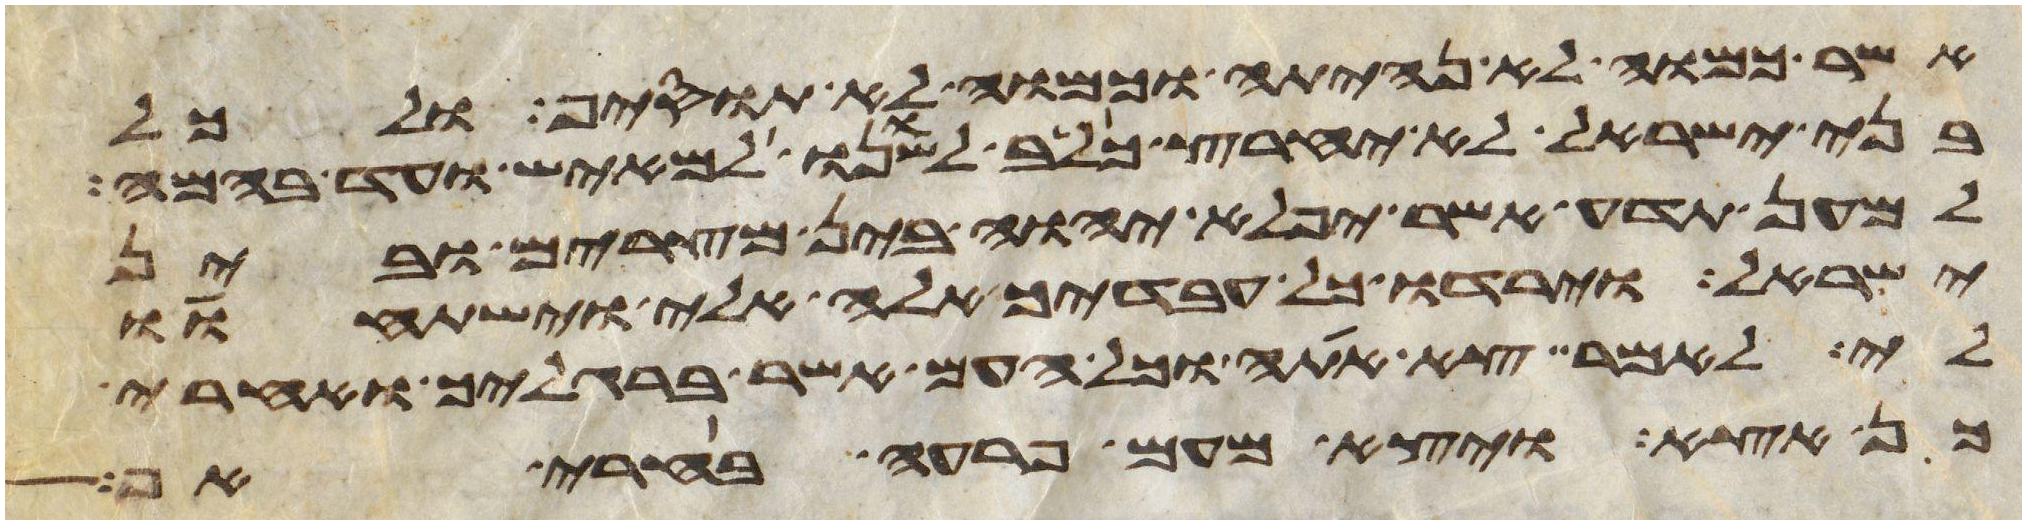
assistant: אשר כמוה לא נהיתה וכמוה לא תוסיף ולכל
בני ישראל לא יחרץ כלב לשנו למאיש ועד בהמה
למען תדע אשר יפלא יהוה בין מצרים ובין
ישראל וירדו כל עבדיך אלה אלי וישתחוו
לי לאמר צא אתה וכל העם אשר ברגליך ואחרי
כן אצא ויצא מעם פרעה בחרי אף